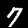
Label: 7